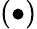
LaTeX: (\bullet)